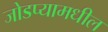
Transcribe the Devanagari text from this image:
जोडप्यामधील